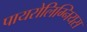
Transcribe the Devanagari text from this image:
पायरोलिग्नियस